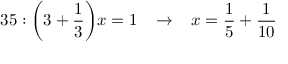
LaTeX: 3 5 : { \bigg ( } 3 + { \frac { 1 } { 3 } } { \bigg ) } x = 1 \; \; \; \rightarrow \; \; \; x = { \frac { 1 } { 5 } } + { \frac { 1 } { 1 0 } }